Civil Veterinary Dept. Assam report 1927-50 - 1927-1950
Year: 1927
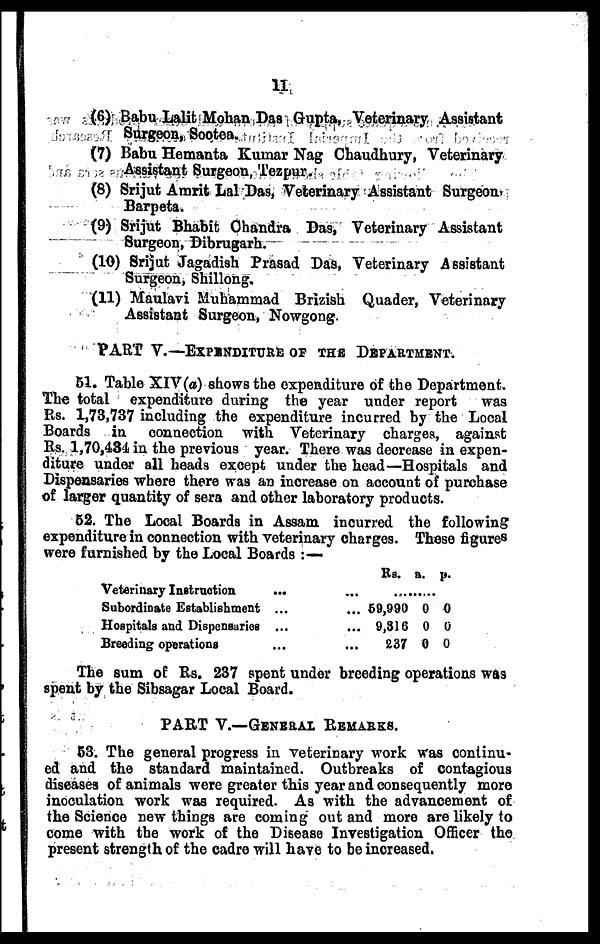
11
(6) Babu Lalit Mohan Das Gupta, Veterinary Assistant
Surgeon, Sootea.
(7) Babu Hemanta Kumar Nag Chaudhury, Veterinary
Assistant Surgeon, Tezpur.
(8) Srijut Amrit Lal Das, Veterinary Assistant Surgeon,
Barpeta.
(9) Srijut Bhabit Chandra Das, Veterinary Assistant
Surgeon, Dibrugarh.
(10) Srijut Jagadish Prasad Das, Veterinary Assistant
Surgeon, Shillong.
(11) Maulavi Muhammad Brizish Quader, Veterinary
Assistant Surgeon, Nowgong.
PART V.—EXPENDITURE OF THE DEPARTMENT.
51. Table XIV(a) shows the expenditure of the Department.
The total expenditure during the year under report
was
Rs. 1,73,737 including the expenditure incurred by the Local
Boards in connection with Veterinary charges, against
Rs. 1,70,434 in the previous year. There was decrease in expen-
diture under all heads except under the bead—Hospitals and
Dispensaries where there was an increase on account of purchase
of larger quantity of sera and other laboratory products.
52. The Local Boards in Assam incurred the following
expenditure in connection with veterinary charges. These figures
were furnished by the Local Boards :—
Veterinary Instruction ...
Subordinate Establishment ...
Hospitals and Dispensaries ...
Breeding operations ...
Rs.
...
59,990
9,316
237
a.
...
0
0
0
p.
...
0
0
0
The sum of Rs. 237 spent under breeding operations was
spent by the Sibsagar Local Board.
PART V.—GENERAL REMARKS.
53. The general progress in veterinary work was continu-
ed and the standard maintained. Outbreaks of contagious
diseases of animals were greater this year and consequently more
inoculation work was required. As with the advancement of
the Science new things are coming out and more are likely to
come with the work of the Disease Investigation Officer the
present strength of the cadre will have to be increased.